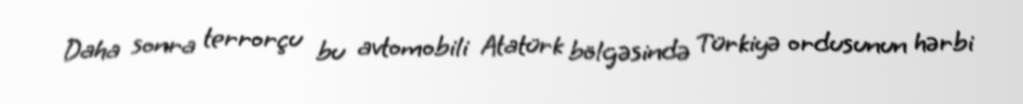
Daha sonra terrorçu bu avtomobili Atatürk bölgəsində Türkiyə ordusunun hərbi